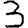
Digit: 3